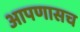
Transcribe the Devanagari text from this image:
आपणासच